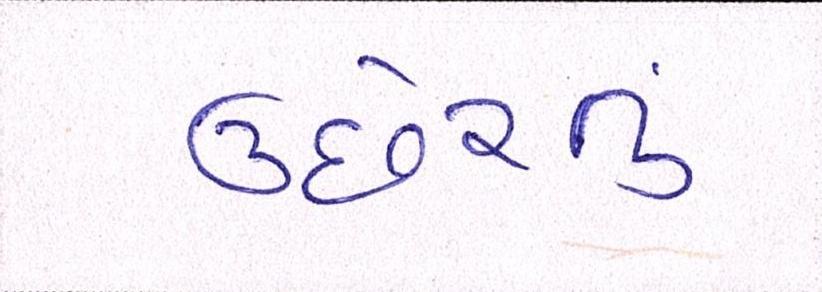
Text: ઉછેરતું